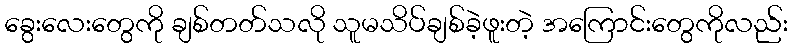
ခွေးလေးတွေကို ချစ်တတ်သလို သူမသိပ်ချစ်ခဲ့ဖူးတဲ့ အကြောင်းတွေကိုလည်း